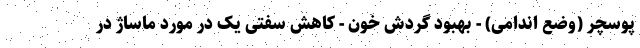
پوسچر (وضع اندامی) - بهبود گردش خون - کاهش سفتی یک در مورد ماساژ در